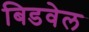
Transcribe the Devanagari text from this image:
बिडवेल